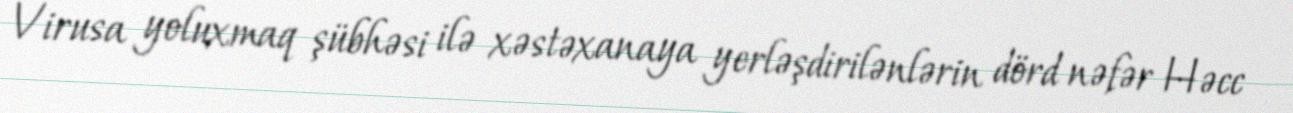
Virusa yoluxmaq şübhəsi ilə xəstəxanaya yerləşdirilənlərin dörd nəfər Həcc